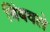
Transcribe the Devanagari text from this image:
बिंबवले